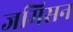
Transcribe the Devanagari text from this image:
जमिसन